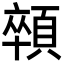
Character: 顇